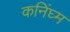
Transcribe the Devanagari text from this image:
कनिंघ्म